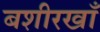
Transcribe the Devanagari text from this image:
बशीरखाँ